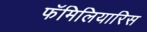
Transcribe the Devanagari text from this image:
फॅमिलियारिस